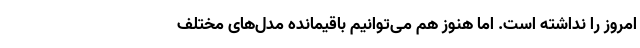
امروز را نداشته است. اما هنوز هم می‌توانیم باقیمانده مدل‌های مختلف